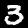
Label: 3